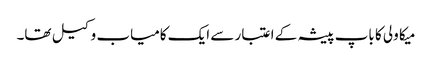
میکا ولی کا باپ پیشہ کے اعتبار سے ایک کامیاب وکیل تھا۔